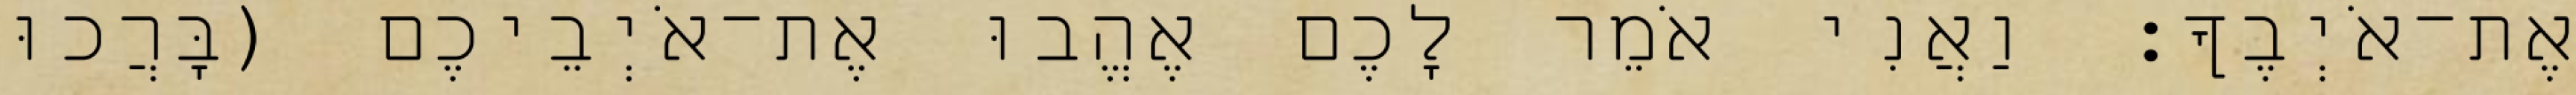
אֶת־אֹיְבֶךָ׃ וַאֲנִי אֹמֵר לָכֶם אֶהֱבוּ אֶת־אֹיְבֵיכֶם (בָּרֲכוּ